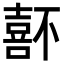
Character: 𡀆